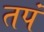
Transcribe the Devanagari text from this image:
तपं